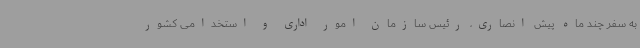
به سفر چند ماه پیش انصاری، رئیس سازمان امور اداری و استخدامی کشور